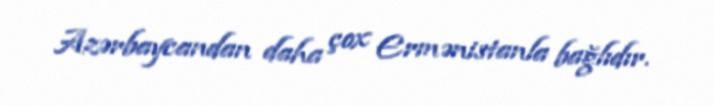
Azərbaycandan daha çox Ermənistanla bağlıdır.